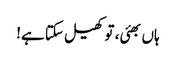
ہاں بھئی، تو کھیل سکتا ہے!